65_HS1-834228961_62-HQ-83894_Section_6
Agency: FBI
Page 189
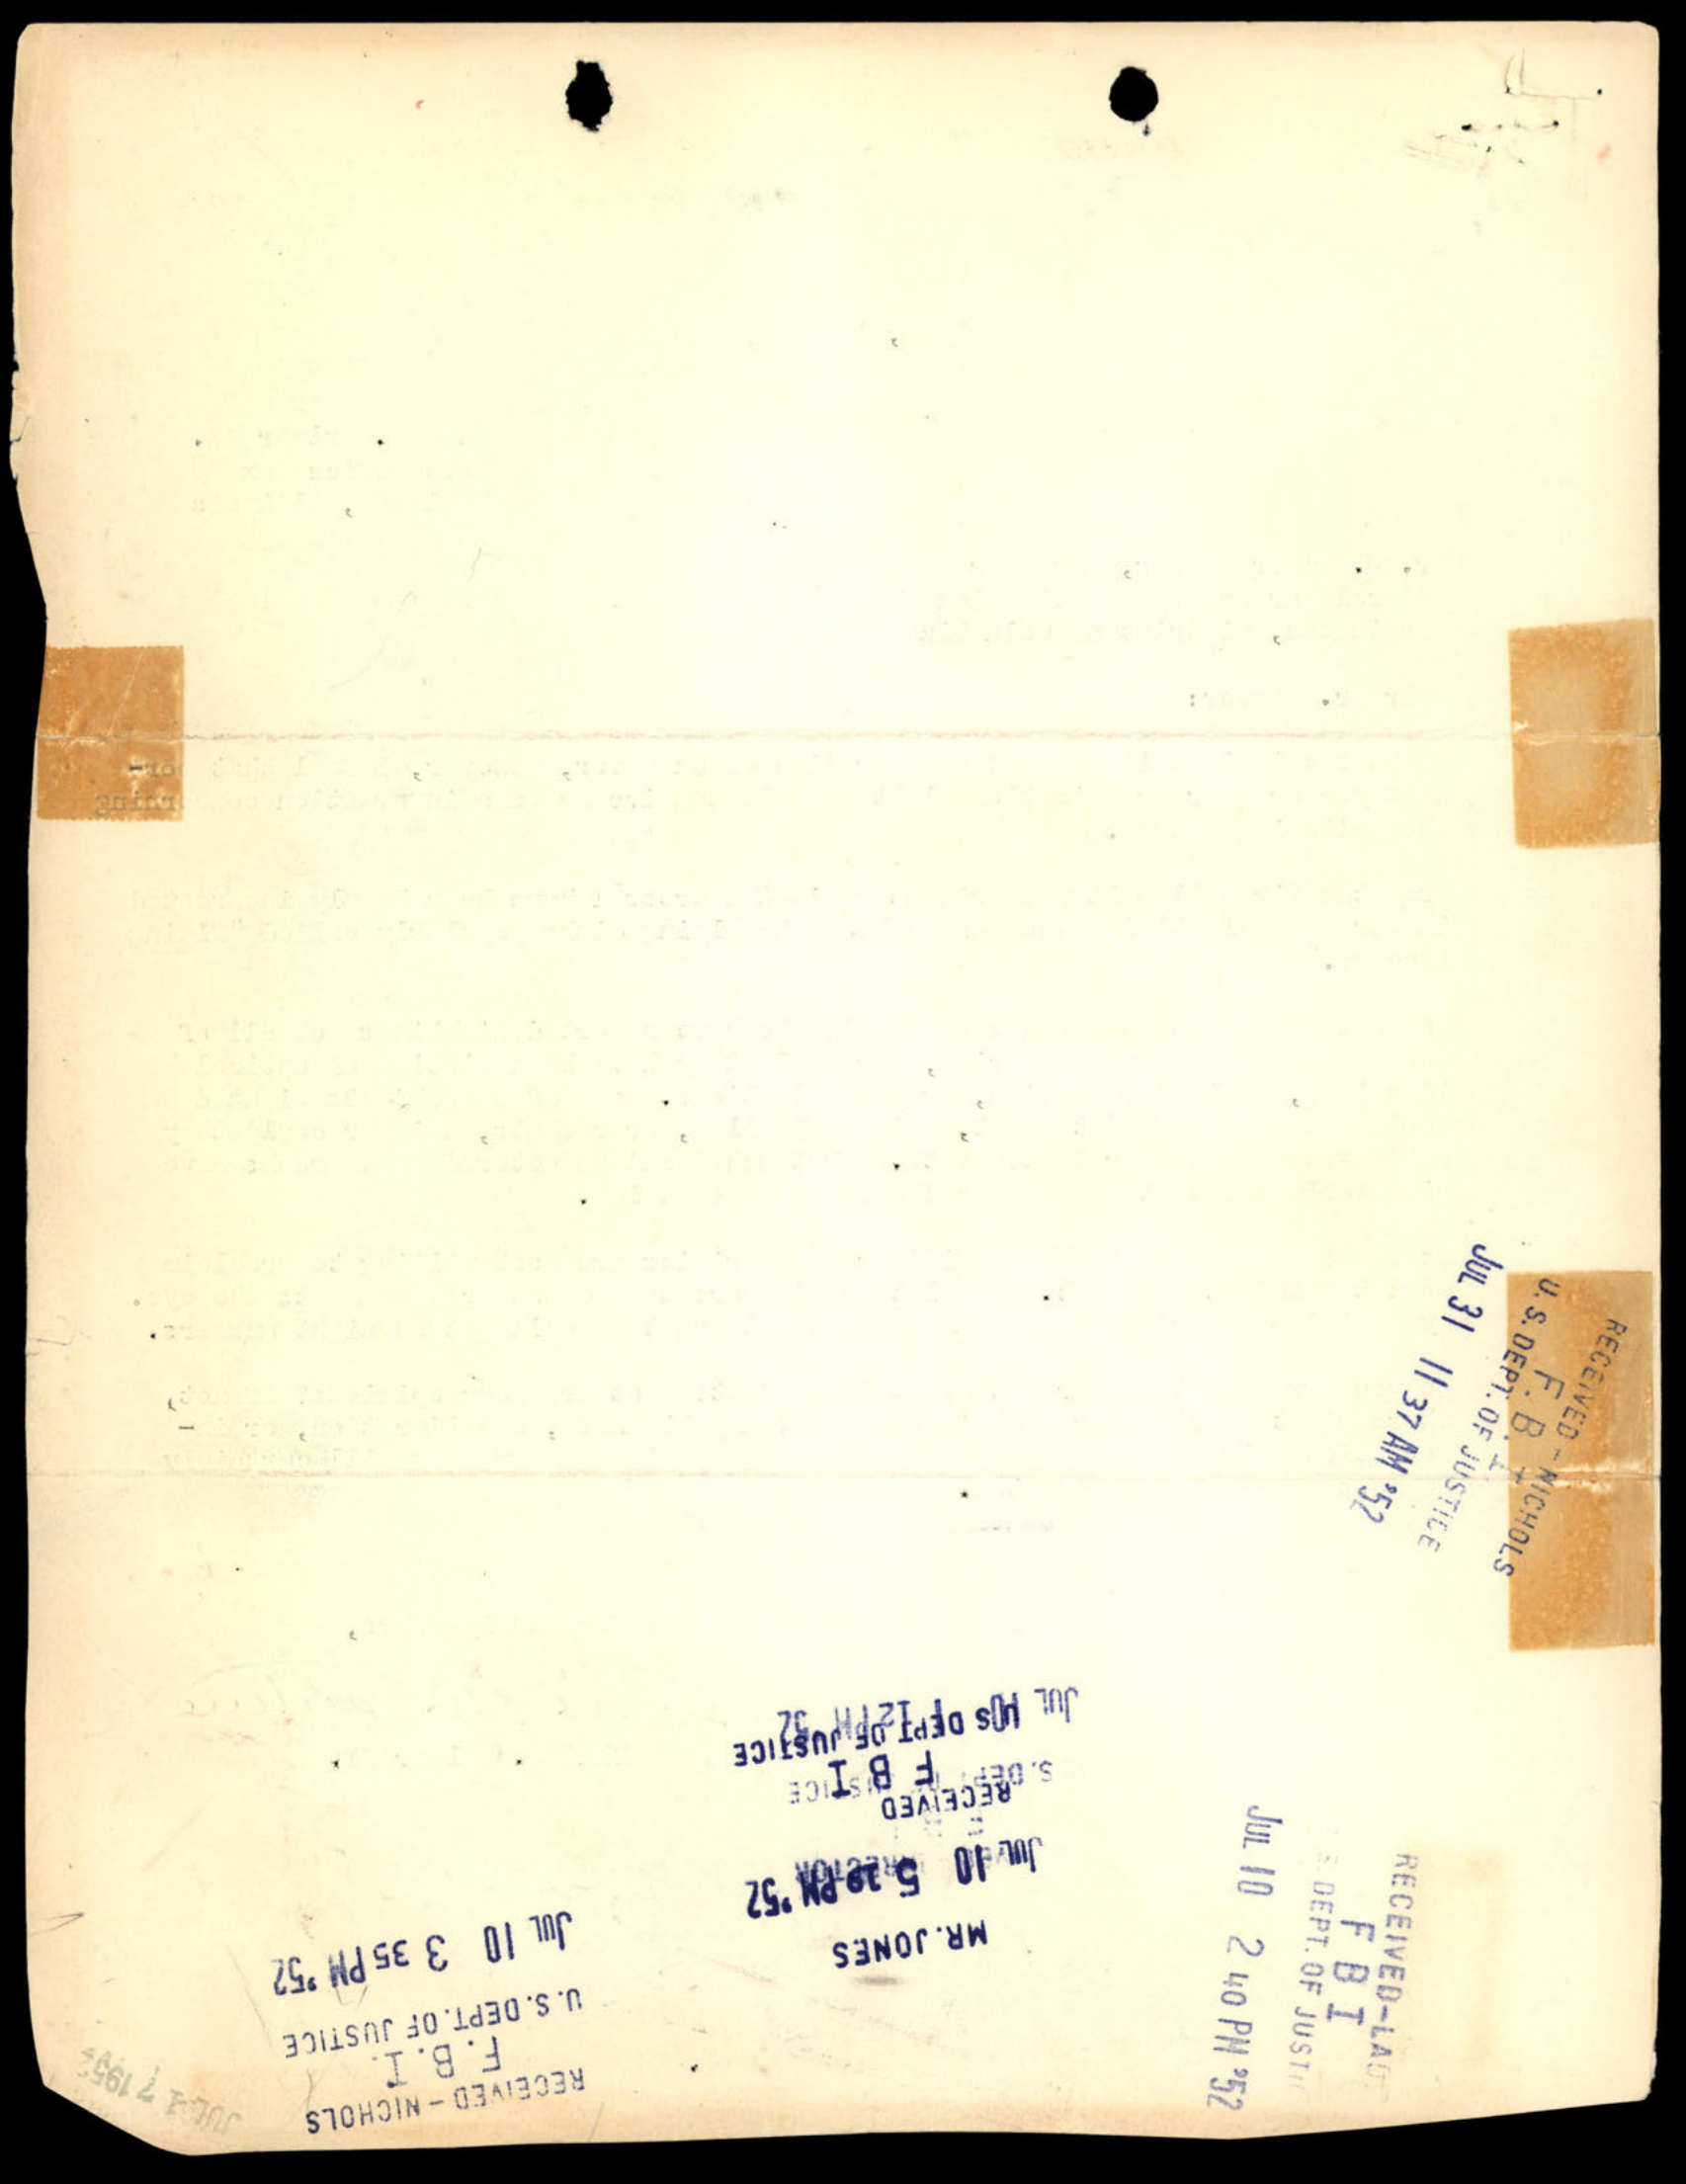